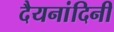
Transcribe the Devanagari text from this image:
दैयनांदिनी